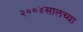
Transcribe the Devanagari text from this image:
२००४सालच्या